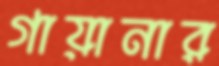
গায়ানার